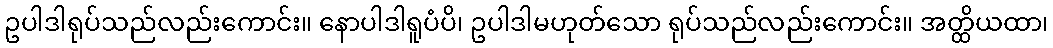
ဥပါဒါရုပ်သည်လည်းကောင်း။ နောပါဒါရူပံပိ၊ ဥပါဒါမဟုတ်သော ရုပ်သည်လည်းကောင်း။ အတ္ထိယထာ၊